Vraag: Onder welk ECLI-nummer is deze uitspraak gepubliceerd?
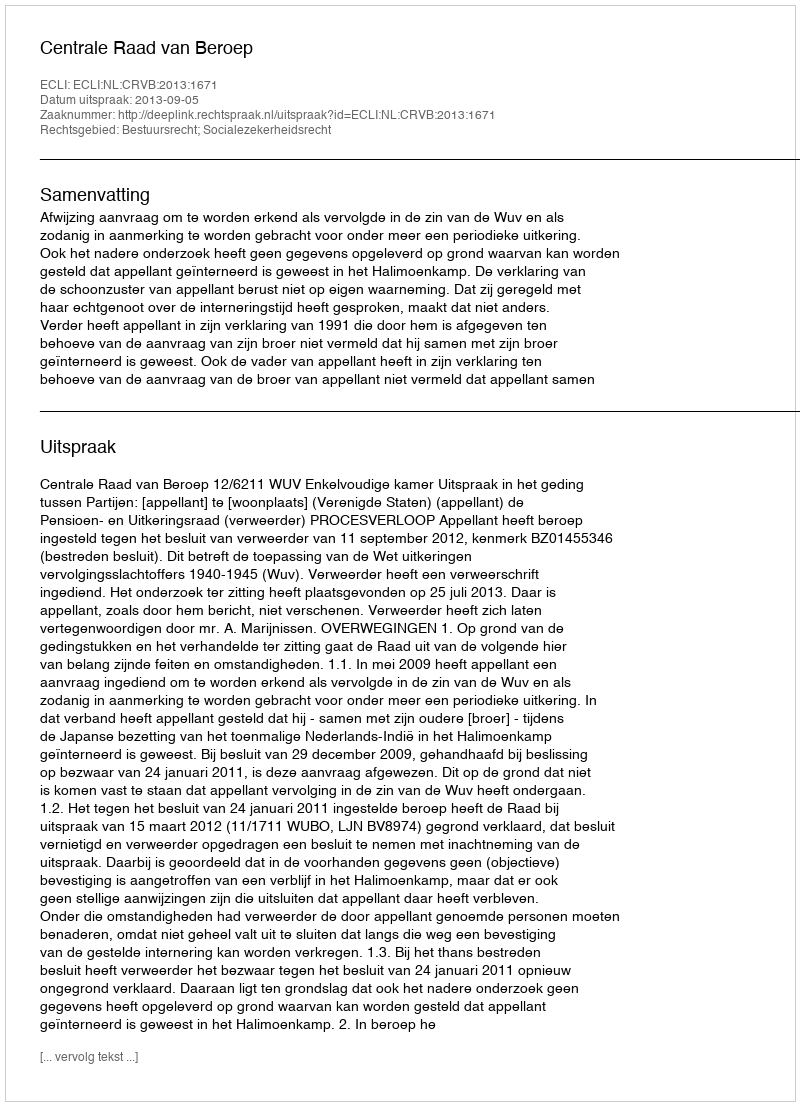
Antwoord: ECLI:NL:CRVB:2013:1671